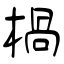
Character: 楇